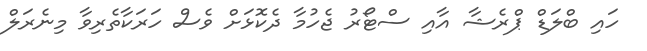
ހައި ބްލަޑް ޕްރެޝާ އާއި ސްޓޯރު ޖެހުމާ ދެކޮޅަށް ވެސް ހަރަކާތެރިވާ މިނެރަލް